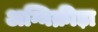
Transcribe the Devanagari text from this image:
अग्निक्रीड़ा